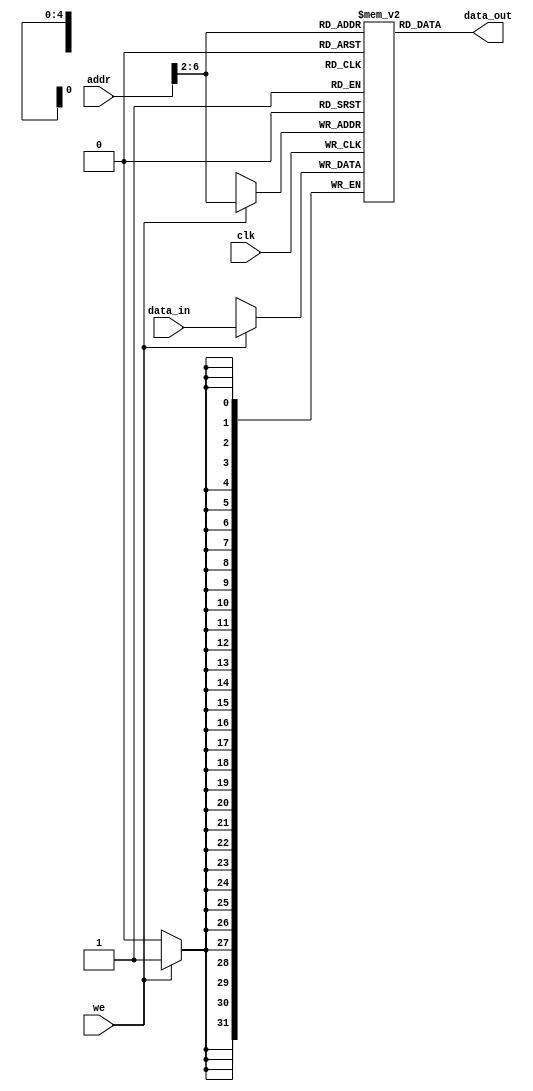
`timescale 1ns / 1ps
//////////////////////////////////////////////////////////////////////////////////
// Company: Xilinx
// 
// Design Name: DATA_MEM
// Module Name: DATA_MEM
// Project Name: MISP_CPU
// Target Devices: 
// Tool Versions: 
// Description: 
// 
// Dependencies: 
// 
// Revision:
// Revision 0.01 - File Created
// Additional Comments:
// 
//////////////////////////////////////////////////////////////////////////////////


module DATA_MEM(
	input[31:0] addr,data_in,
	input clk,we,
	output[31:0] data_out
    );

	reg[31:0] ram[0:31];

	always @(posedge clk) begin
		if(we) ram[addr[6:2]] <= data_in;
	end
	
	assign data_out = ram[addr[6:2]];

	integer i;
	initial begin
		for (i=0;i<32;i=i+1)
			ram[i] = 32'b0;
		ram[5'h14] = 32'h000000a3;
		ram[5'h15] = 32'h00000027;
		ram[5'h16] = 32'h00000079;
		ram[5'h17] = 32'h00000115;
	end
	
endmodule